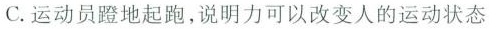
C. 运动员蹬地起跑，说明力可以改变人的运动状态